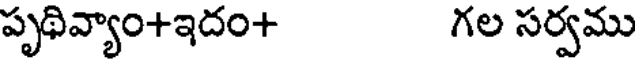
పృథివ్యాం+ఇదం+ గల సర్వము